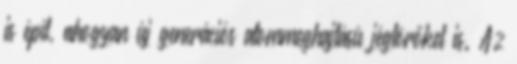
is épít, ahogyan új generációs atommeghajtású jégtörőket is. Az